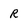
Character: R